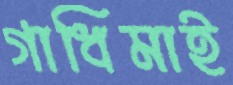
গাধিমাই